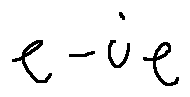
e - i e